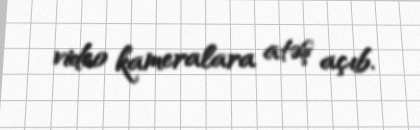
video kameralara atəş açıb.